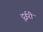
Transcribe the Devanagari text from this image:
दूईरी